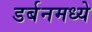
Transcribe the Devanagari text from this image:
डर्बनमध्ये